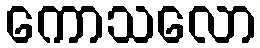
ကောသလော